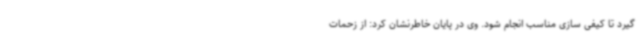
گیرد تا کیفی سازی مناسب انجام شود. وی در پایان خاطرنشان کرد: از زحمات